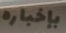
بإخباره